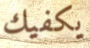
يكفيك